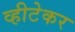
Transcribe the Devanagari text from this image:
व्हीटेकर